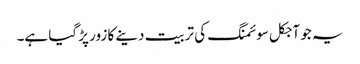
یہ جو آجکل سوئمنگ کی تربیت دینے کا زور پڑ گیا ہے۔